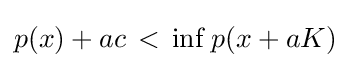
{\textstyle p(x)+ac\,<\,\inf _{}p(x+aK)}